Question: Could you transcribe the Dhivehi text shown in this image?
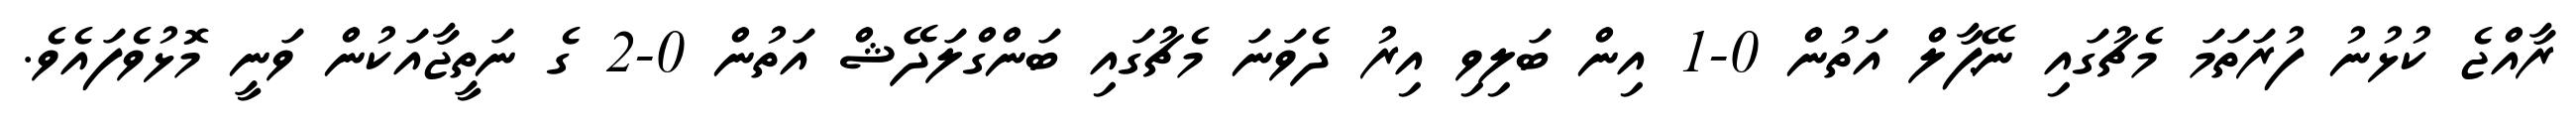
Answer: ރާއްޖެ ކުޅުނު ފުރަތަމަ މެޗުގައި ނޭޕާލް އަތުން 0-1 އިން ބަލިވި އިރު ދެވަނަ މެޗުގައި ބަންގްލަދޭޝް އަތުން 0-2 ގެ ނަތީޖާއަކުން ވަނީ މޮޅުވެފައެވެ.